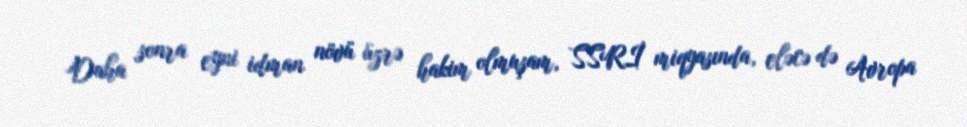
Daha sonra eyni idman növü üzrə hakim olmuşam, SSRİ miqyasında, eləcə də Avropa